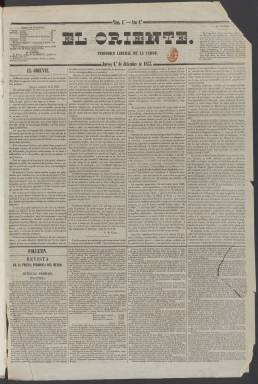
Título: El Oriente (Madrid)
Colección: Periódicos
Ámbito geográfico: Madrid
Lugar de publicación: Madrid
Fechas: 01/12/1853-04/05/1854